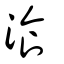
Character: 湌